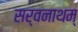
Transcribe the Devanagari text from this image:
सर्वनाथम्